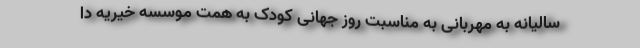
سالیانه به مهربانی به مناسبت روز جهانی کودک به همت موسسه خیریه دا